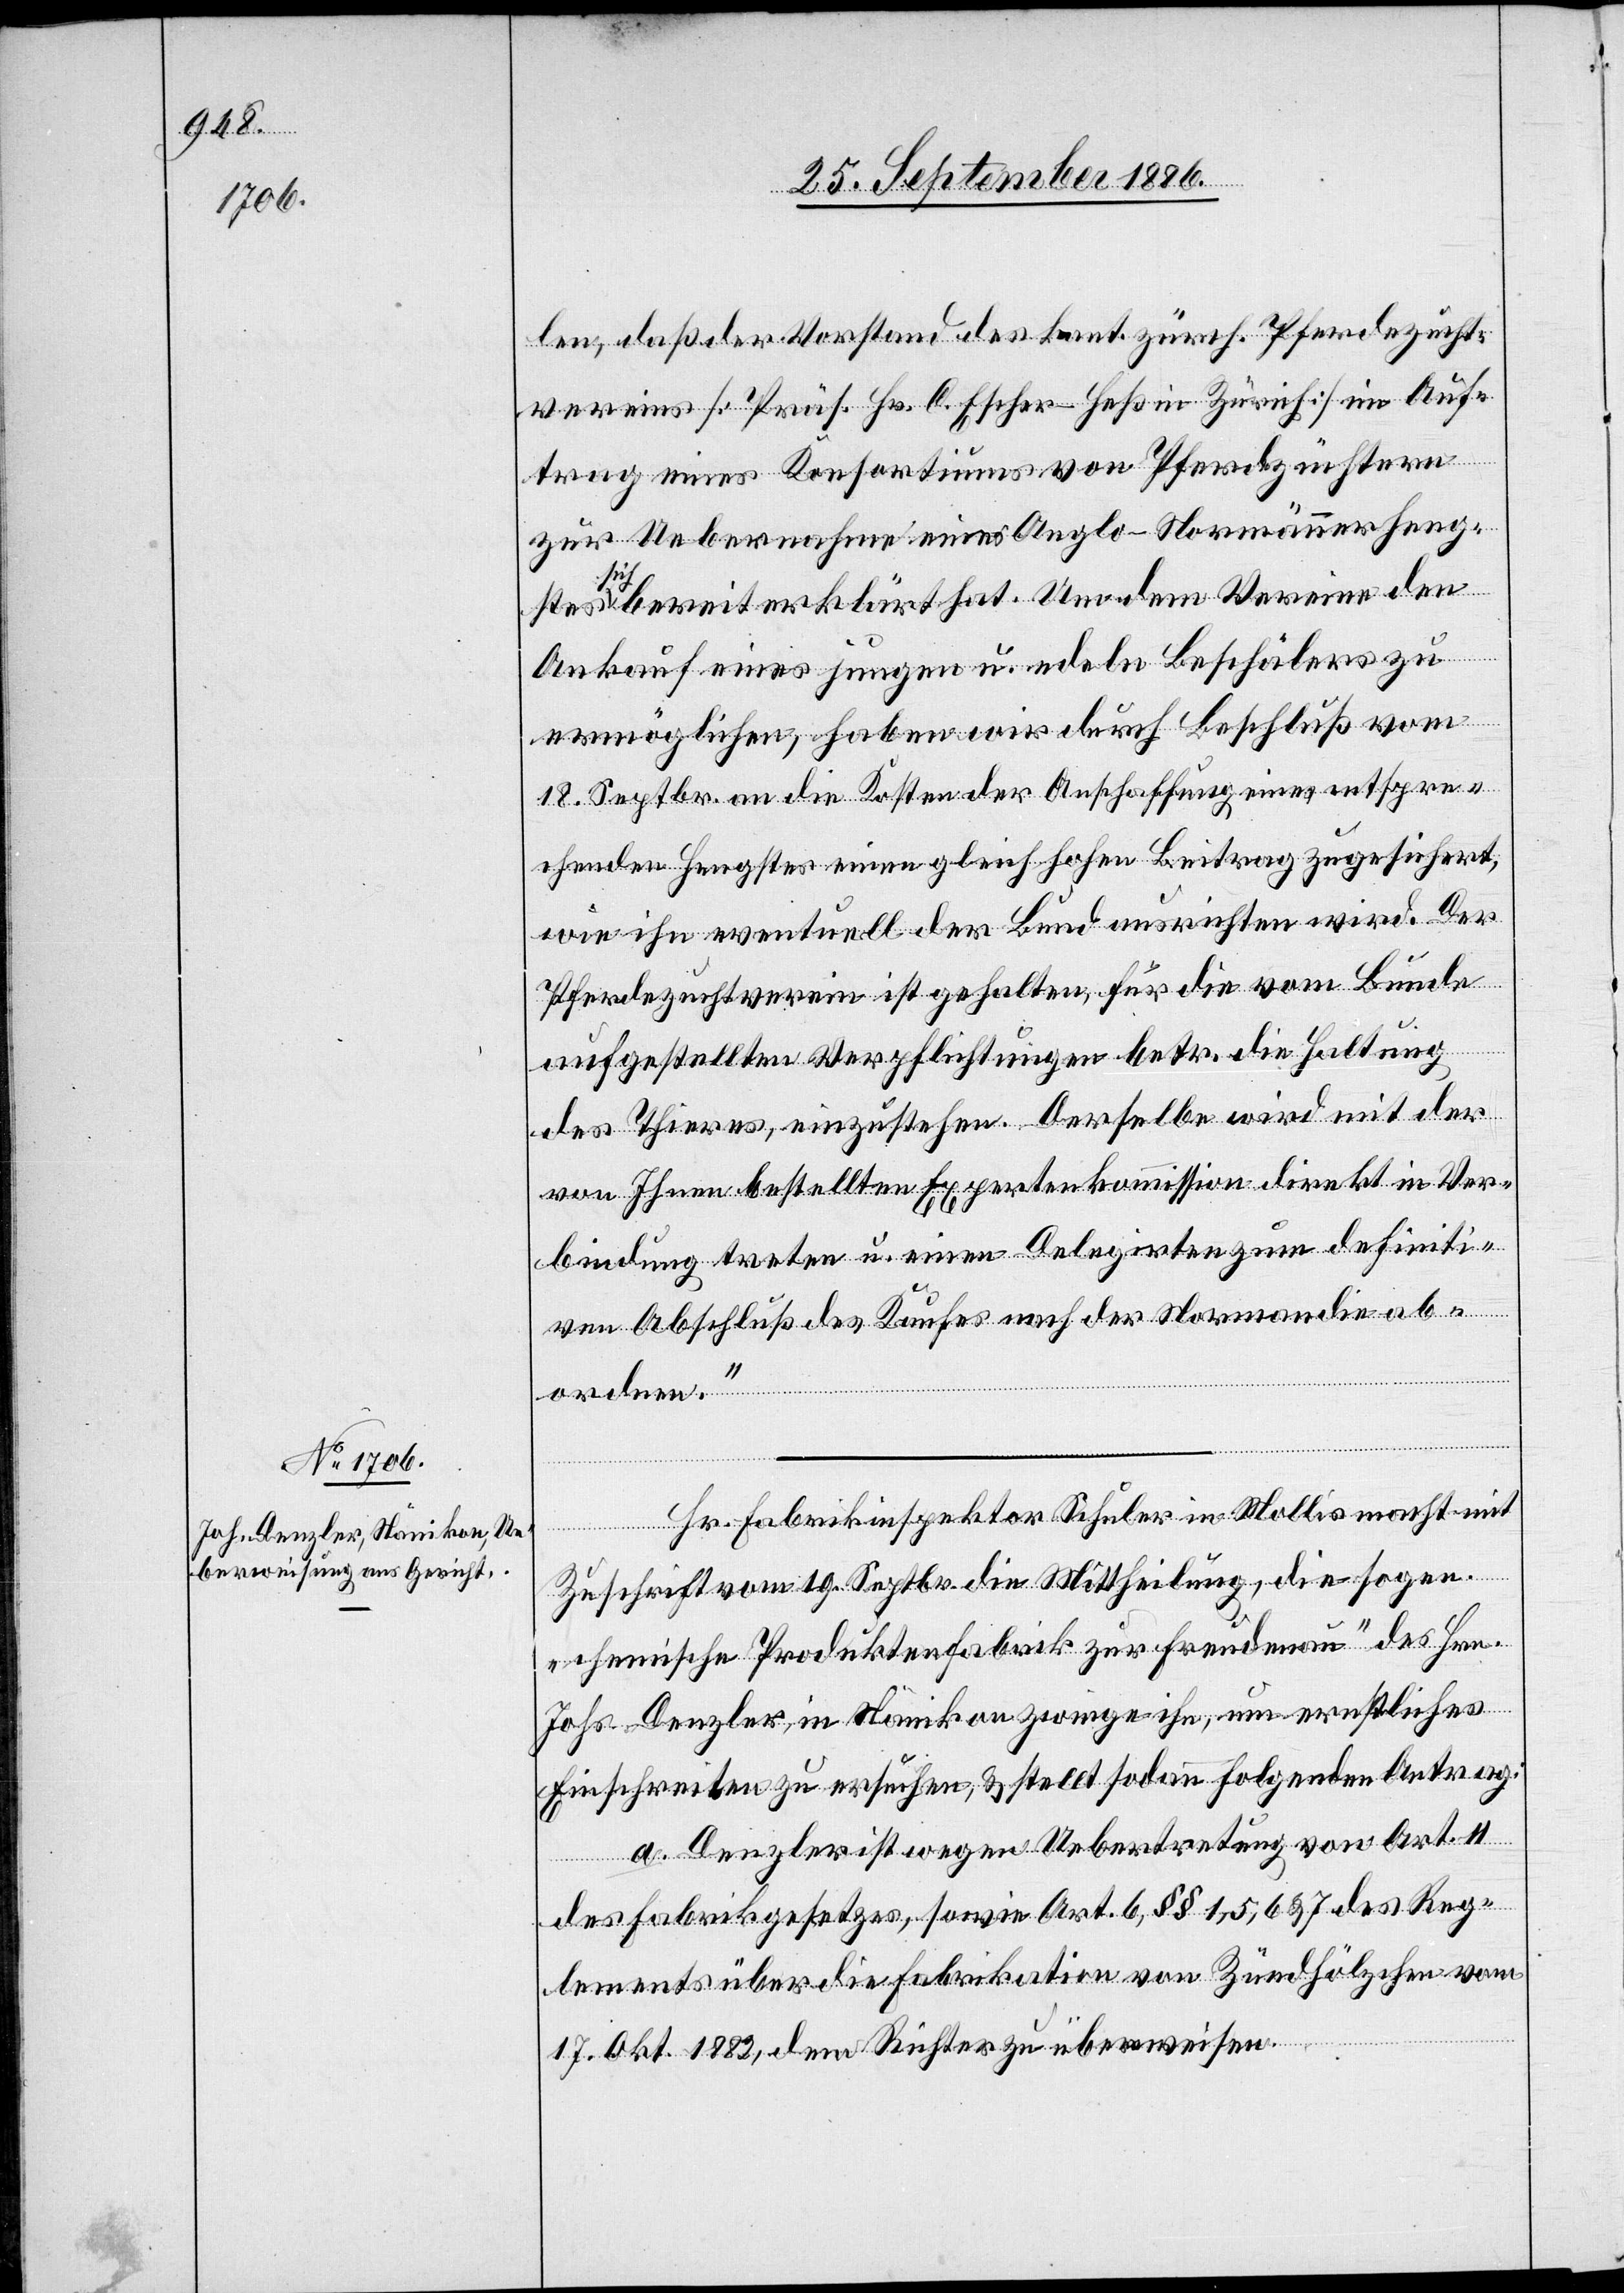
len, daß der Vorstand des kant. zürch. Pferdezucht¬
vereins [Präs. Hr. C. Escher-Heß in Zürich] im Auf¬
trag eines Konsortiums von Pferdezüchtern
zur Uebernahme eines Anglo-Normännerheng¬
stes sich bereit erklärt hat. Um dem Vereine den
Ankauf eines jungen u. edeln Beschälers zu
ermöglichen, haben wir durch Beschluß vom
18. Septbr. an die Kosten der Anschaffung eines entspre¬
chenden Hengstes einen gleich hohen Beitrag zugesichert,
wie ihn eventuell der Bund ausrichten wird. Der
Pferdezuchtverein ist gehalten, für die vom Bunde
aufgestellten Verpflichtungen betr. die Haltung
des Thieres, einzustehen. Derselbe wird mit der
von Ihnen bestellten Expertenkommission direkt in Ver¬
bindung treten u. einen Delegirten zum definiti¬
ven Abschluß des Kaufes nach der Normandie ab¬
ordnen.“
Hr. Fabrikinspektor Schuler in Mollis macht mit
Zuschrift vom 19. Septbr. die Mittheilung, die sogen.
„chemische Produktenfabrik [sic!] zur Freudenau“ des Hrn.
Johs. Denzler, in Nänikon zwinge ihn, um ernstliches
Einschreiten zu ersuchen, & stellt sodann folgenden Antrag:
a. Denzler ist wegen Uebertretung von Art. 11
des Fabrikgesetzes, sowie Art. 6, §§ 1, 5, 6 & 7 des Reg¬
lements über die Fabrikation von Zündhölzchen vom
17. Okt. 1882, dem Richter zu überweisen.